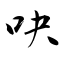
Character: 吷